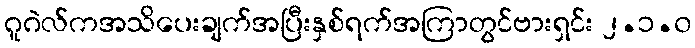
ဂူဂဲလ်ကအသိပေးချက်အပြီးနှစ်ရက်အကြာတွင်ဗားရှင်း ၂.၁.၀